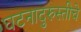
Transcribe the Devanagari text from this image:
घटनादुरुस्तीचे